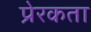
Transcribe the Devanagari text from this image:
प्रेरकता